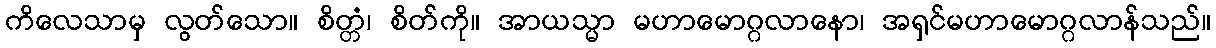
ကိလေသာမှ လွတ်သော။ စိတ္တံ၊ စိတ်ကို။ အာယသ္မာ မဟာမောဂ္ဂလာနော၊ အရှင်မဟာမောဂ္ဂလာန်သည်။